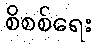
စိစစ်ရေး